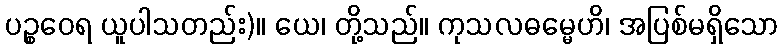
ပဉ္စဝေရ ယူပါသတည်း)။ ယေ၊ တို့သည်။ ကုသလဓမ္မေဟိ၊ အပြစ်မရှိသော